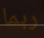
ربما